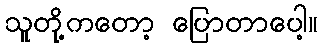
သူတို့ကတော့ ပြောတာပေါ့။